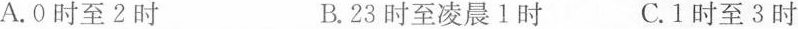
A.0时至2时 B.23时至凌晨1时 C.1时至3时